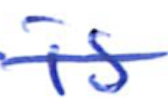
Text: is
Cross-out: single-line
Writing tool: ballpoint